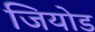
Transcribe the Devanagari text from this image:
जियोड